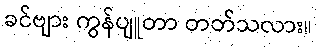
ခင်ဗျား ကွန်ပျူတာ တတ်သလား။